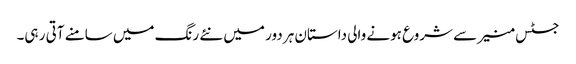
جسٹس منیر سے شروع ہونے والی داستان ہر دور میں نئے رنگ میں سامنے آتی ر ہی۔